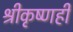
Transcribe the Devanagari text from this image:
श्रीकृष्णही